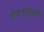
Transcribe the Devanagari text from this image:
देवतायुक्त